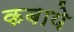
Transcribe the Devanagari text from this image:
कबाये